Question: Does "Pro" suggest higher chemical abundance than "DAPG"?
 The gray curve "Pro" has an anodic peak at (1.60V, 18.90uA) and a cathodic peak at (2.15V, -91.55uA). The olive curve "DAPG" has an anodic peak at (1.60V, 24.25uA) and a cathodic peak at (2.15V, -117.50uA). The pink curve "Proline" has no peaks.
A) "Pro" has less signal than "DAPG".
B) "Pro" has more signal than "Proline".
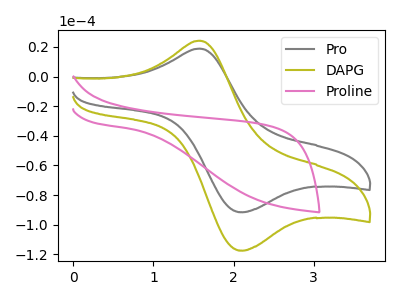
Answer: <think>All the peaks in "Pro" have a peak in "DAPG" at the same potential. Every peak in "Pro" is lower than every peak in "DAPG".
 </think>
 <answer>A) "Pro" has less signal than "DAPG".</answer>
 <eval>A</eval>